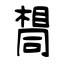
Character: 𫝛